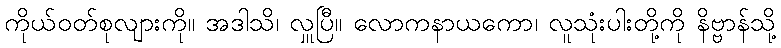
ကိုယ်ဝတ်စုလျားကို။ အဒါသိ၊ လှူပြီ။ လောကနာယကော၊ လူသုံးပါးတို့ကို နိဗ္ဗာန်သို့